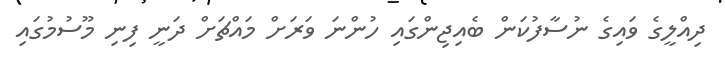
ދިއްލީގެ ވައިގެ ނުސާފުކަން ބެއިޖިންގައި ހުންނަ ވަރަށް މައްޗަށް ދަނީ ފިނި މޫސުމުގައި